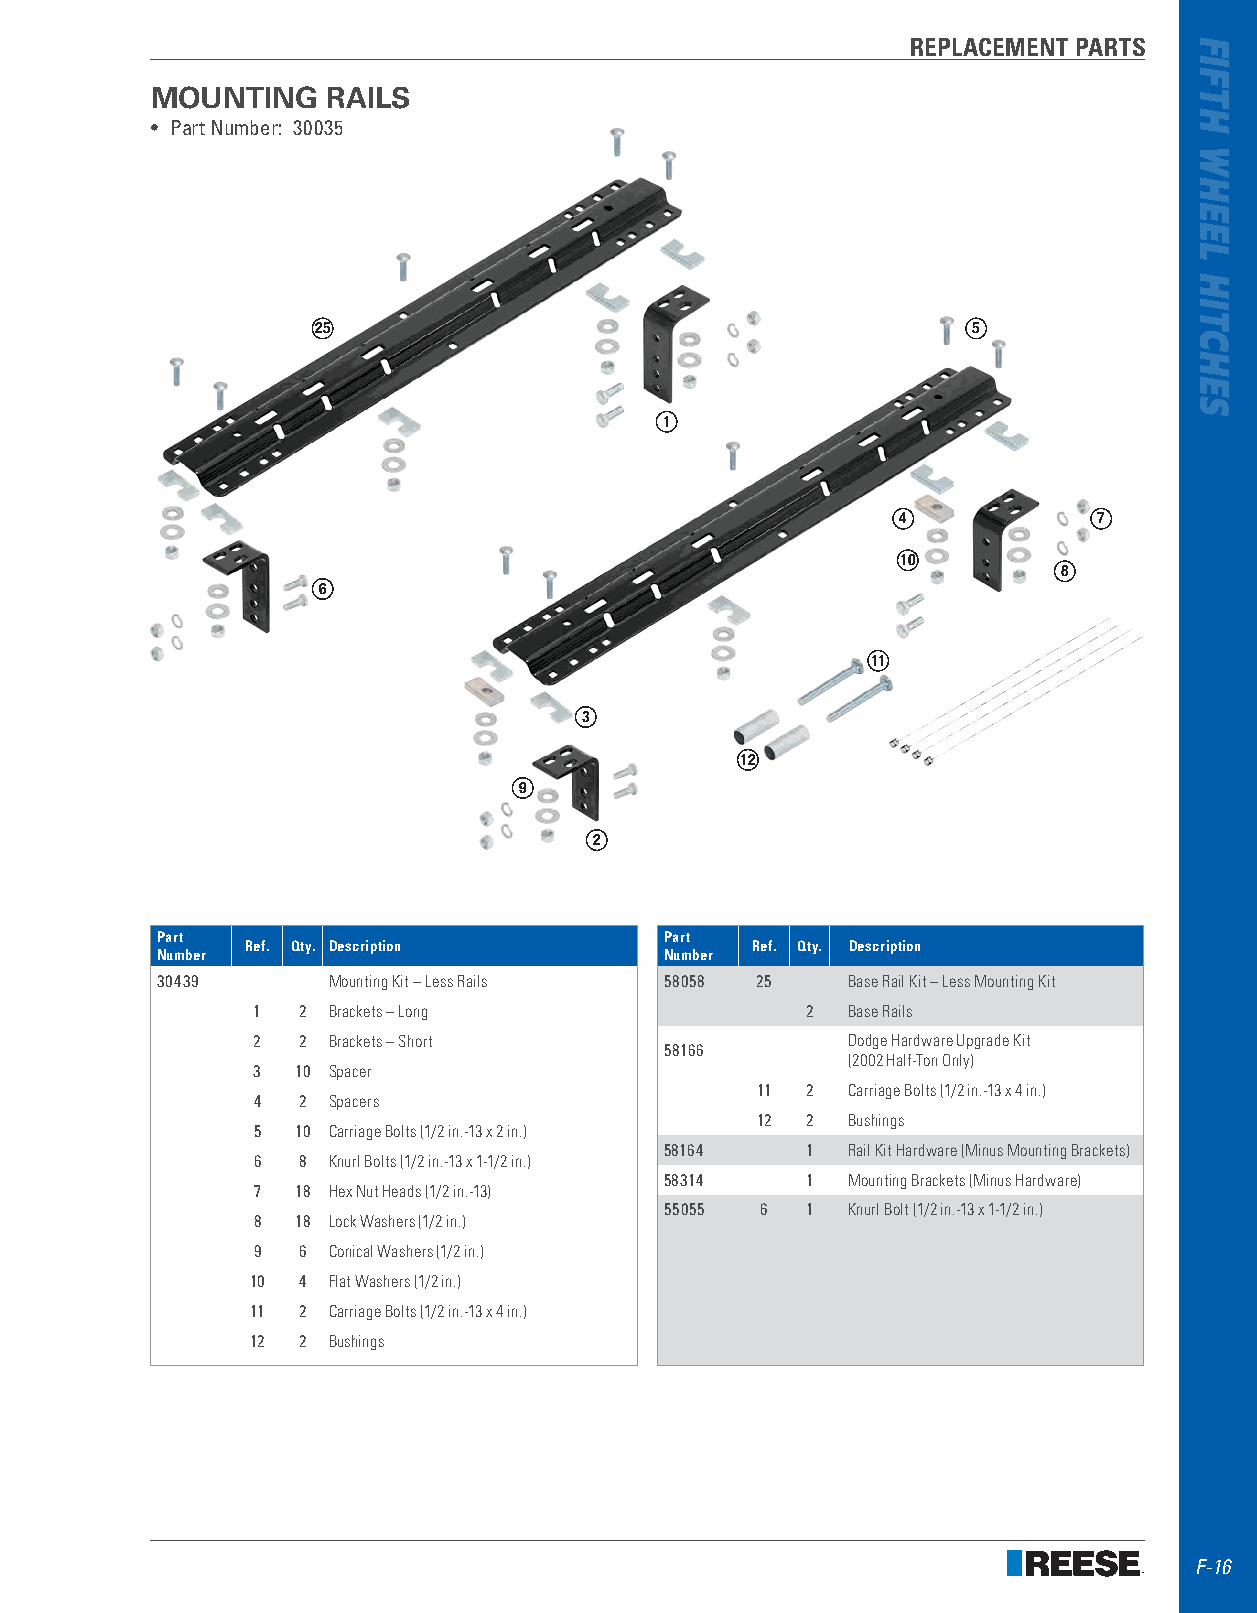
REPLACEMENT PARTS
 MOUNTING    RAILS
 • Part Number: 30035
 25                                         5
 1
 4            7
 10
 8
 6
 11
 3
 12
 9
 2
 Part                              Part
 Ref. Qty. Description             Ref. Qty. Description
 Number                            Number
 30439       Mounting Kit – Less Rails 58058 25 Base Rail Kit – Less Mounting Kit
 1  2 Brackets – Long                2  Base Rails
 2  2 Brackets – Short                  Dodge Hardware Upgrade Kit
 58166
 (2002 Half-Ton Only)
 3  10 Spacer
 11 2  Carriage Bolts (1/2 in.-13 x 4 in.)
 4  2 Spacers
 12 2  Bushings
 5  10 Carriage Bolts (1/2 in.-13 x 2 in.)
 58164    1  Rail Kit Hardware (Minus Mounting Brackets)
 6  8 Knurl Bolts (1/2 in.-13 x 1-1/2 in.)
 58314    1  Mounting Brackets (Minus Hardware)
 7  18 Hex Nut Heads (1/2 in.-13)
 55055 6  1  Knurl Bolt (1/2 in.-13 x 1-1/2 in.)
 8  18 Lock Washers (1/2 in.)
 9  6 Conical Washers (1/2 in.)
 10 4 Flat Washers (1/2 in.)
 11 2 Carriage Bolts (1/2 in.-13 x 4 in.)
 12 2 Bushings
 F-16
 FIFTH
 WHEEL
 HITCHES